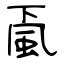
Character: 颪